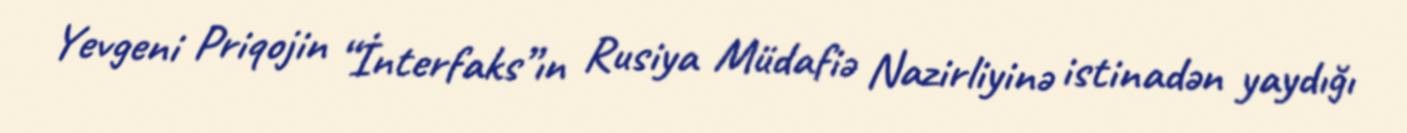
Yevgeni Priqojin “İnterfaks”ın Rusiya Müdafiə Nazirliyinə istinadən yaydığı